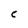
Character: C